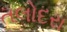
તલોદરા